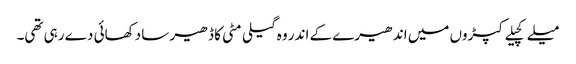
میلے کچیلے کپڑوں میں اندھیرے کے اندر وہ گیلی مٹی کا ڈھیر سا دکھائی دے رہی تھی۔